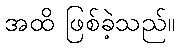
အထိ ဖြစ်ခဲ့သည်။